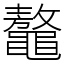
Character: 鼇